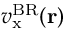
v _ { \mathrm { x } } ^ { \mathrm { B R } } ( \mathbf { r } )